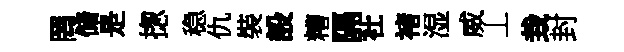
罔储是揔稳仇裝設糟隔社褚湿威丄㘽封